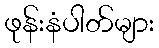
ဖုန်းနံပါတ်များ